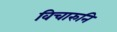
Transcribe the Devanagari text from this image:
विचारुनि